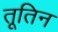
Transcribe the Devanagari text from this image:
तूतिन